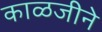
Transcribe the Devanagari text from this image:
काळजीने